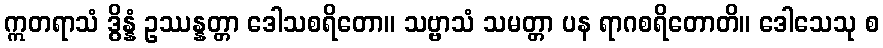
ဣတရာသံ ဒွိန္နံ ဥဿန္နတ္တာ ဒေါသစရိတော။ သဗ္ဗာသံ သမတ္တာ ပန ရာဂစရိတောတိ။ ဒေါသေသု စ